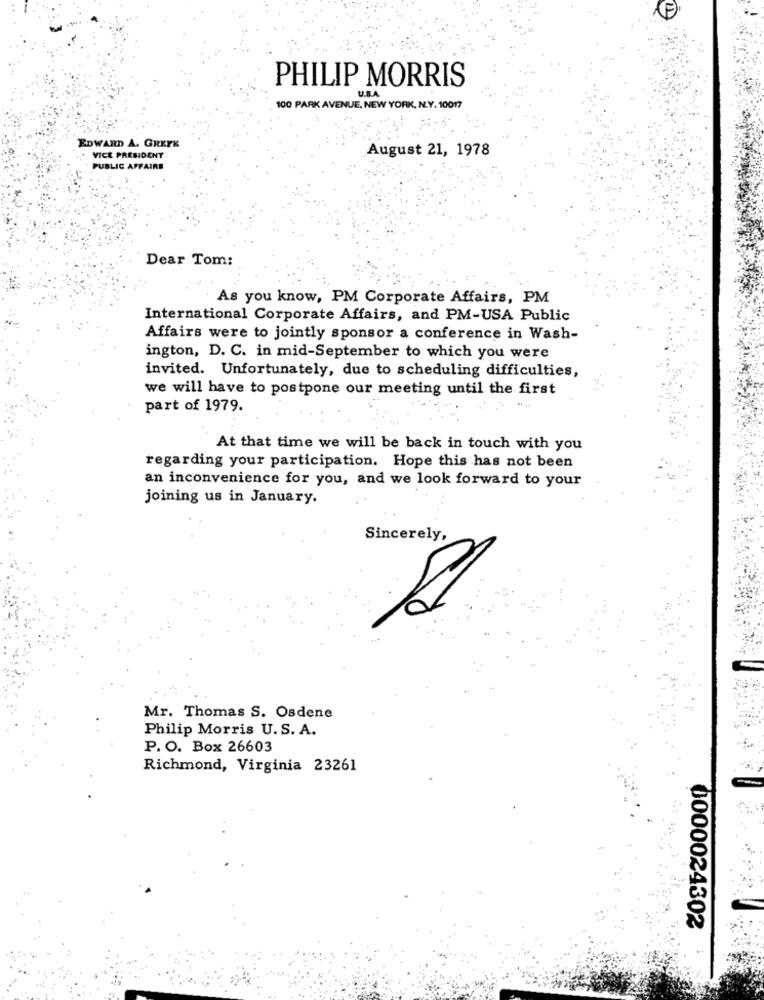
PHILIP MORRIS
U.B.A.
100 PARK AVENUE, NEW YORK, N.Y. 10017
EDWARD A. GREEK
VICE PRESIDENT
August 21, 1978
PUBLIC AFFAIRS
Dear Tom:
As you know, PM Corporate Affairs, PM
International Corporate Affairs, and PM-USA Public
Affairs were to jointly sponsor a conference in Wash-
ington, D. C. in mid-September to which you were
invited. Unfortunately, due to scheduling difficulties,
we will have to postpone our meeting until the first
part of 1979.
At that time we will be back in touch with you
regarding your participation. Hope this has not been
an inconvenience for you, and we look forward to your
joining us in January.
Sincerely,
Mr. Thomas S. Osdene
Philip Morris U.S. A.
P. O. Box 26603
Richmond, Virginia 23261
0000024302